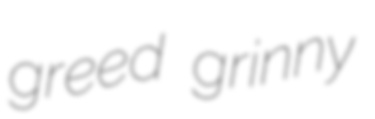
greed grinny